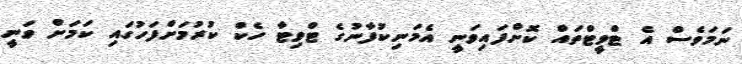
ނަމަވެސް އެ ޓްވީޓްތައް ކޮށްފައިވަނީ އެމަނިކުފާނުގެ ޓްވިޓާ ހެކް ކުރުމަށްފަހުގައި ކަމަށް ވަނީ